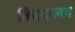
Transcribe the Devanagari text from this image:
बिदयालय